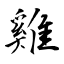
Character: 雞